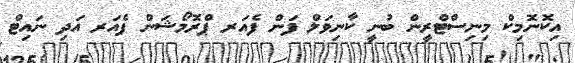
އިކޮނޮމިކް މިނިސްޓްރީން ބުނީ ކާނިވަލް ފަން ފެއަރ ޕްރޮމޯޝަން ފެއަރ އަދި ނައިޓް